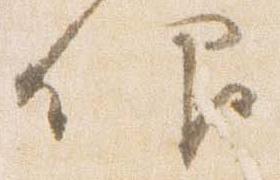
仰